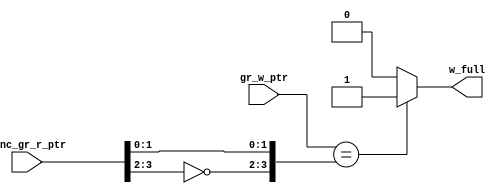
module w_full_calc #(
                            parameter ADDR_WIDTH = 3
                         )
(
input   wire    [ADDR_WIDTH:0]   sync_gr_r_ptr ,
input   wire    [ADDR_WIDTH:0]   gr_w_ptr      ,
output  reg                      w_full                     
);

always@(*)
 begin
  if( gr_w_ptr == {~sync_gr_r_ptr[ADDR_WIDTH:ADDR_WIDTH-1],sync_gr_r_ptr[ADDR_WIDTH-2:0]} )
    begin
        w_full = 1'b1 ;
    end
  else
    begin
        w_full = 1'b0 ;
    end
 end
               
endmodule